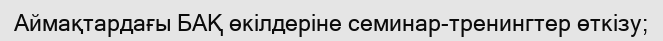
Аймақтардағы БАҚ өкілдеріне семинар-тренингтер өткізу;